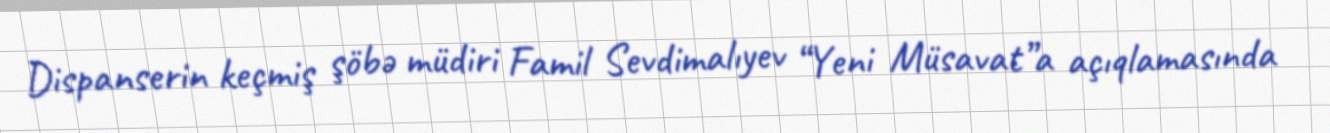
Dispanserin keçmiş şöbə müdiri Famil Sevdimalıyev “Yeni Müsavat”a açıqlamasında